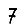
Digit: 7